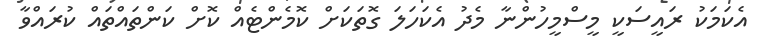
އެކަމަކު ރައީސަކީ މީސްމީހުންނާ މެދު އެކަހަލަ ގޮތަކަށް ކޮމެންޓެއް ކޮށް ކަންތައްތައް ކުރައްވާ